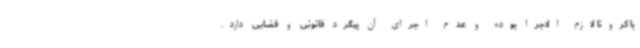
با کرونا لازم الاجرا بوده و عدم اجرای آن پیگرد قانونی و قضایی دارد.